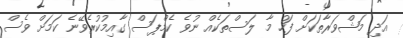
އަދި މަޝްވަރާތަކަށް ފަހު މާ ލަސްތަކެއް ނުވެ ކެމްޕަސް ގާއިމުކުރެވޭނެ ކަމަށް ވެސް